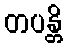
တပန္တိ